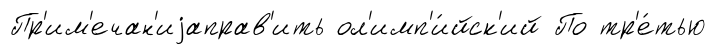
Пр'им'ечан'иjаправ'ить ол'имп'и́йск'ий По тр'е́тью